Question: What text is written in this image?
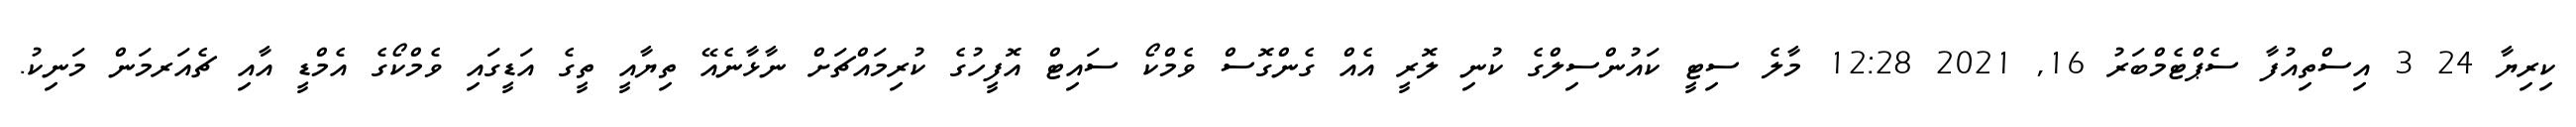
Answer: ކިރިޔާ 24 3 އިސްތިއުފާ ސެޕްޓެމްބަރު 16, 2021 12:28 މާލެ ސިޓީ ކައުންސިލްގެ ކުނި ލޮރީ އެއް ގެންގޮސް ވެމްކޯ ސައިޓް އޮފީހުގެ ކުރިމައްޗަށް ނާޅާނެއޭ ތިޔާއީ ތީގެ އަޑީގައި ވެމްކޯގެ އެމްޑީ އާއި ޗެއަރމަން މަނިކު.